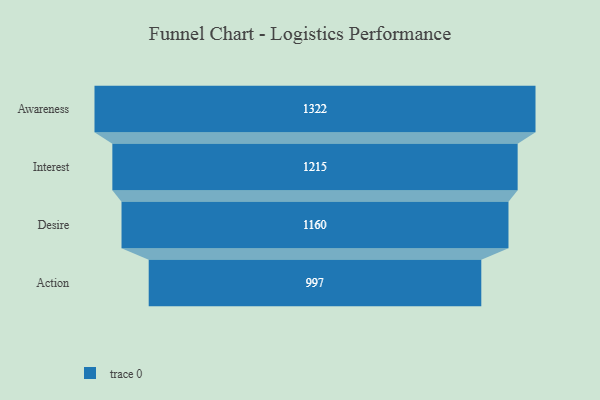
{"axis": {"x": "Stage", "y": "Value"}, "legend": [""], "data": [{"x": "Awareness", "y": 1322.0, "type": ""}, {"x": "Interest", "y": 1215.0, "type": ""}, {"x": "Desire", "y": 1160.0, "type": ""}, {"x": "Action", "y": 997.0, "type": ""}]}